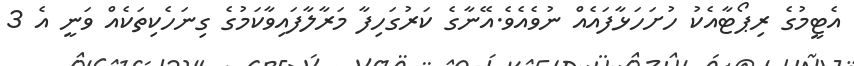
އެޓީމުގެ ރިޕޯޓާއެކު ހުށަހަޅާފައެއް ނުވެއެވެ.އޭނާގެ ކަރުގަހިފާ މަރާލާފައިވާކަމުގެ ގިނަހެކިތަކެއް ވަނީ އެ 3